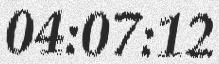
04:07:12